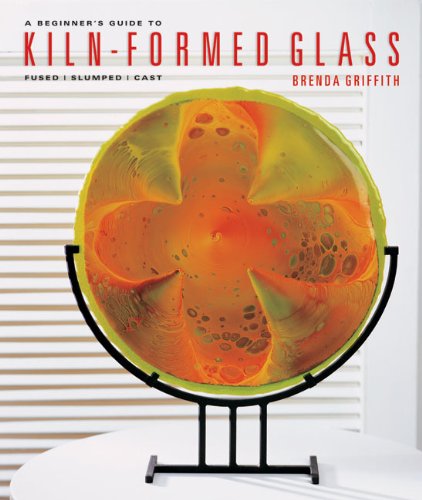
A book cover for A Beginner's Guide to Kiln-Formed Glass: Fused * Slumped * Cast; Brenda Griffith; Crafts, Hobbies & Home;